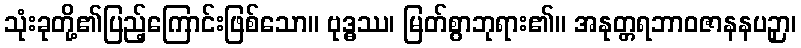
သုံးခုတို့၏ပြည့်ကြောင်းဖြစ်သော။ ဗုဒ္ဓဿ၊ မြတ်စွာဘုရား၏။ အနုတ္တရဘာဝဇာနနပဉှာ၊